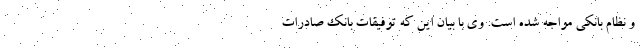
و نظام بانکی مواجه شده است. وی با بیان این که توفیقات بانک صادرات